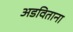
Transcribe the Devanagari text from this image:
अडविताना